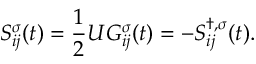
S _ { i j } ^ { \sigma } ( t ) = \frac { 1 } { 2 } U G _ { i j } ^ { \sigma } ( t ) = - S _ { i j } ^ { \dagger , \sigma } ( t ) .